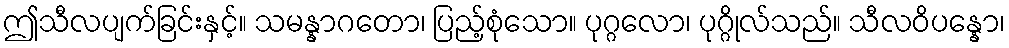
ဤသီလပျက်ခြင်းနှင့်။ သမန္နာဂတော၊ ပြည့်စုံသော။ ပုဂ္ဂလော၊ ပုဂ္ဂိုလ်သည်။ သီလဝိပန္နော၊